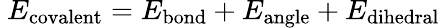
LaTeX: \ E_{\mathrm{covalent}}=E_{\mathrm{bond}}+E_{\mathrm{angle}}+E_{\mathrm{dihedral}}